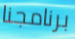
برنامجنا